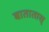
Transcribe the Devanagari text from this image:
बातातास्